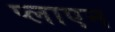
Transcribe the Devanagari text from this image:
प्लाएन